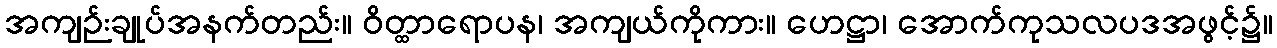
အကျဉ်းချုပ်အနက်တည်း။ ဝိတ္ထာရောပန၊ အကျယ်ကိုကား။ ဟေဋ္ဌာ၊ အောက်ကုသလပဒအဖွင့်၌။